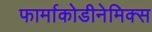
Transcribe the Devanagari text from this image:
फार्माकोडीनेमिक्स